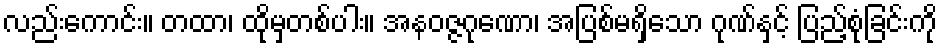
လည်းကောင်း။ တထာ၊ ထိုမှတစ်ပါး။ အနဝဇ္ဇဂုဏော၊ အပြစ်မရှိသော ဂုဏ်နှင့် ပြည့်စုံခြင်းကို